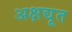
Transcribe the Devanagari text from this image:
अक्षद्यूत